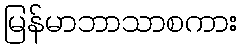
မြန်မာဘာသာစကား